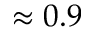
\approx 0 . 9